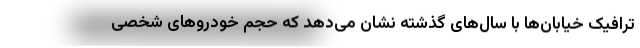
ترافیک خیابان‌ها با سال‌های گذشته نشان می‌دهد که حجم خودروهای شخصی